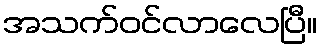
အသက်ဝင်လာလေပြီ။